Lunatic asylums Central Provinces reports 1895-1909 - 1895-1909
Year: 1895
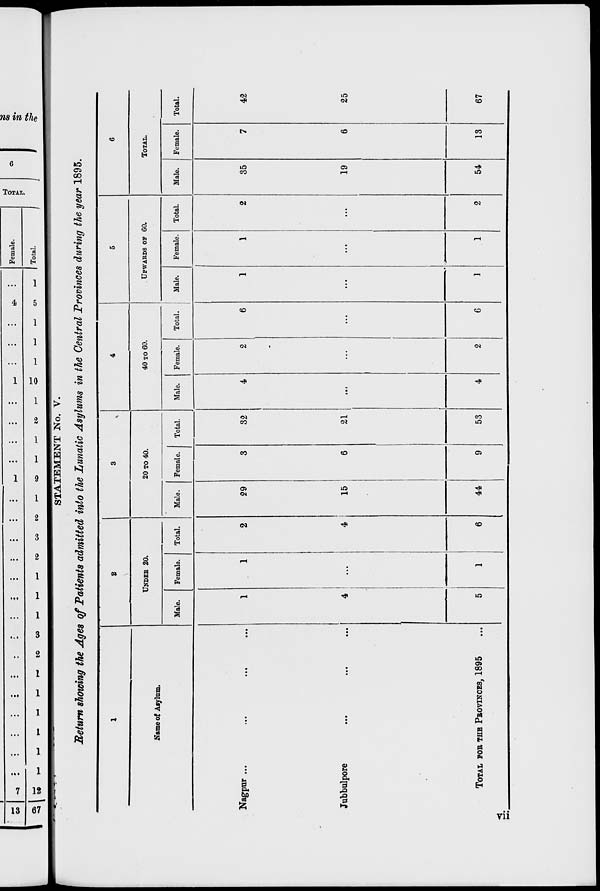
STATEMENT No. V.
Return showing the Ages of Patients admitted into the Lunatic Asylums in the Central Provinces during the year 1895.
1
Name of Asylum.
Nagpur ... ... ... ...
Jubbulpore ... ... ...
TOTAL FOR THE PROVINCES, 1895
2
UNDER 20.
Male.
1
4
5
Female.
1
...
1
Total.
2
4
6
3
20 TO 40.
Male.
29
15
44
Female.
3
6
9
Total.
32
21
53
4
40 TO 60.
Male.
4
...
4
Female.
2
...
2
Total.
6
...
6
5
UPWARDS OF 60.
Male.
1
...
1
Female.
1
...
1
Total.
2
...
2
6
TOTAL.
Male.
35
19
54
Female.
7
6
13
Total.
42
25
67
vii